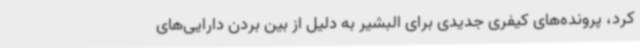
کرد، پرونده‌های کیفری جدیدی برای البشیر به دلیل از بین بردن دارایی‌های